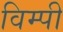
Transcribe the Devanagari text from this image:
विम्पी